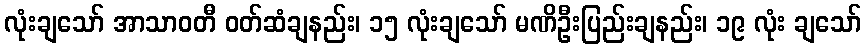
လုံးချသော် အာသာဝတီ ဝတ်ဆံချနည်း၊ ၁၅ လုံးချသော် မဏိဦးပြည်းချနည်း၊ ၁၉ လုံး ချသော်